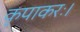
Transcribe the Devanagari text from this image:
कृपाकरः।